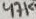
Text: 47K